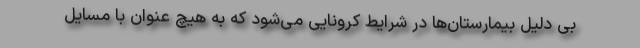
بی دلیل بیمارستان‌ها در شرایط کرونایی می‌شود که به هیچ عنوان با مسایل